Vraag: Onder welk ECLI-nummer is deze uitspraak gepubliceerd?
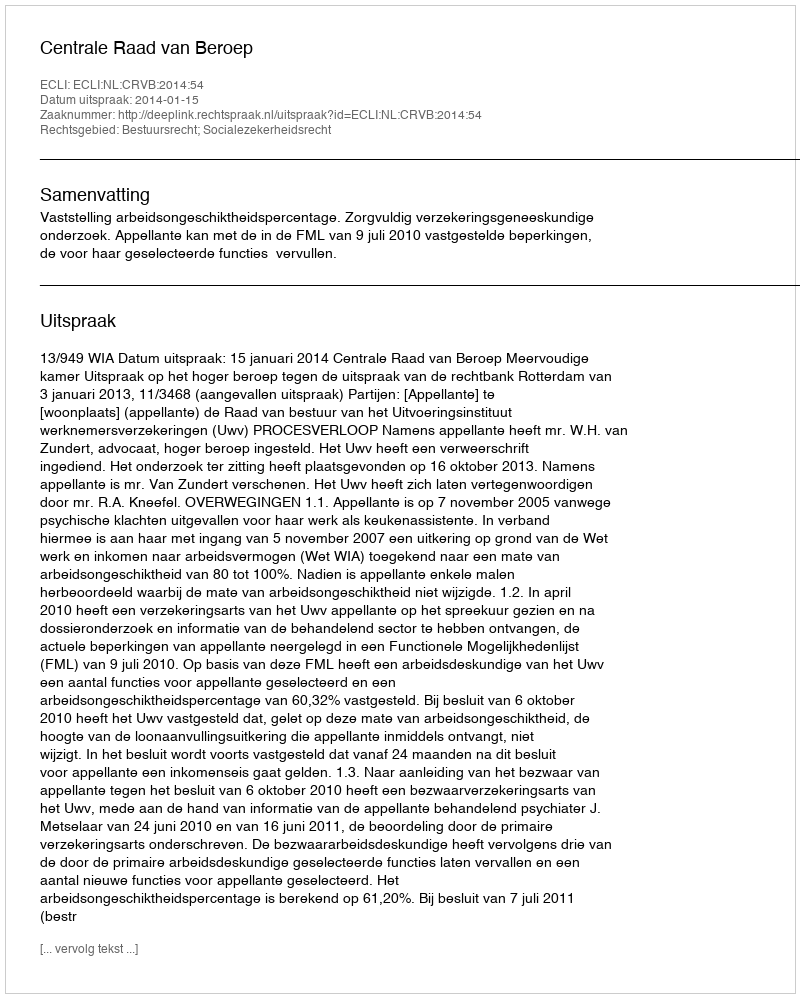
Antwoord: ECLI:NL:CRVB:2014:54